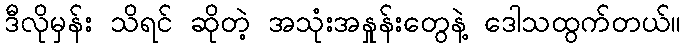
ဒီလိုမှန်း သိရင် ဆိုတဲ့ အသုံးအနှုန်းတွေနဲ့ ဒေါသထွက်တယ်။